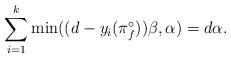
LaTeX: \begin{align*}\sum_{i=1}^k \min((d-y_i(\pi_f^{\circ}))\beta,\alpha) = d \alpha.\end{align*}